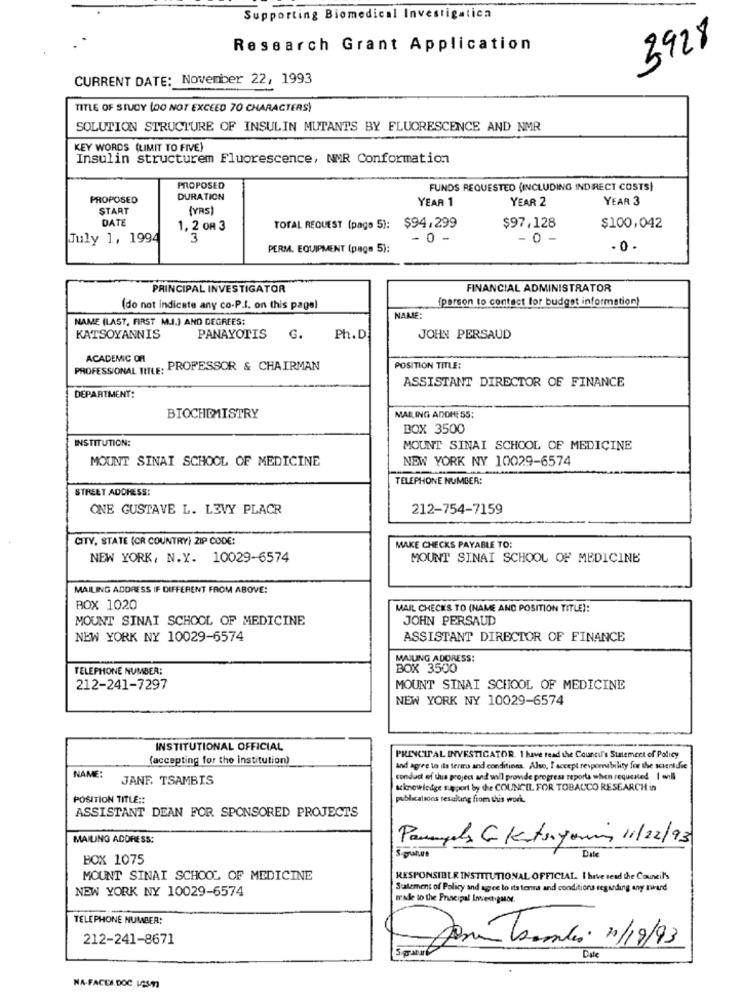
Supporting Biomedical Investigatica
3928
Research Grant Application
CURRENT DATE: November 22, 1993
TITLE OF STUDY (DO NOT EXCEED 70 CHARACTERS)
SOLUTION STRUCTURE OF INSULIN MUTANTS BY FLUORESCENCE AND NMR
KEY WORDS (LIMIT TO FIVE)
Insulin structurem Fluorescence, NMR Conformation
PROPOSED
FUNDS REQUESTED (INCLUDING INDIRECT COSTS)
PROPOSED
DURATION
YEAR 1
YEAR 2
YEAR 3
START
(YRS)
DATE
1, 2 OR 3
TOTAL REQUEST (page 5): $94,299
$97,128
$100,042
July 1, 1994
3
- 0 -
- 0 -
PERM. EQUIPMENT (page 5):
- 0 .
PRINCIPAL INVESTIGATOR
FINANCIAL ADMINISTRATOR
{parson to contact for budget information)
(do not indicate any co-P.I. on this page]
NAME (LAST, FIRST M.J.) AND DEGREES:
NAME:
KATSOYANNIS
PANAYOTIS G. Ph.D.
JOHN PERSAUD
ACADEMIC OF
PROFESSIONAL TITLE: PROFESSOR & CHAIRMAN
POSITION TITLE:
ASSISTANT DIRECTOR OF FINANCE
DEPARTMENT:
BIOCHEMISTRY
MAILING ADDRESS:
BOX 3500
INSTITUTION:
MOUNT SINAI SCHOOL OF MEDICINE
MOUNT SINAI SCHOOL OF MEDICINE
NEW YORK NY 10029-6574
TELEPHONE NUMBER:
STREET ADDRESS:
ONE GUSTAVE L. LEVY PLACR
212-754-7159
CITY, STATE (CR COUNTRY) ZIP CODE:
MAKE CHECKS PAYABLE TO:
NEW YORK, N.Y. 10029-6574
MOUNT SINAI SCHOOL OF MEDICINE
MAILING ADDRESS IF DIFFERENT FROM ABOVE:
BOX 1020
MAIL CHECKS TO (NAME AND POSITION TITLE):
MOUNT SINAI SCHOOL OF MEDICINE
JOHN PERSAUD
NEW YORK NY 10029-6574
ASSISTANT DIRECTOR OF FINANCE
MAILING ADDRESS:
TELEPHONE NUMBER:
BOX 3500
212-241-7297
MOUNT SINAI SCHOOL OF MEDICINE
NEW YORK NY 10029-6574
INSTITUTIONAL OFFICIAL
(accepting for the institution)
PRINCIPAL INVESTIGATOR. 1 have read the Council's Statement of Policy
and agree to its terms and conditions. Also, I accept responability for the scientific
NAME:
JANE TSAMBIS
conduct of this project and will provide progress reporta when required | ell
acknowledge support by the COUNCIL FOR TOBACCO RESEARCH in
POSITION TITLE ::
publications resulting from this work
ASSISTANT DEAN FOR SPONSORED PROJECTS
MAILING ADDRESS:
Pouply C Ktoryoni, 11/22/93
Dale
BOX 1075
Signature
MOUNT SINAI SCHOOL OF MEDICINE
RESPONSIBLE INSTITUTIONAL OFFICIAL. I have read the Council's
NEW YORK NY 10029-6574
Statement of Policy and agree to its terra and conditions regarding any award
made to the Fracipal Investigator.
TELEPHONE NUMBER:
212-241-8671
Donna Teurles 21/19/93
Date
NA-FACEA.DOC 1259